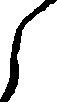
之